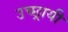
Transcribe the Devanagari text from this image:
उच्छ्रायी